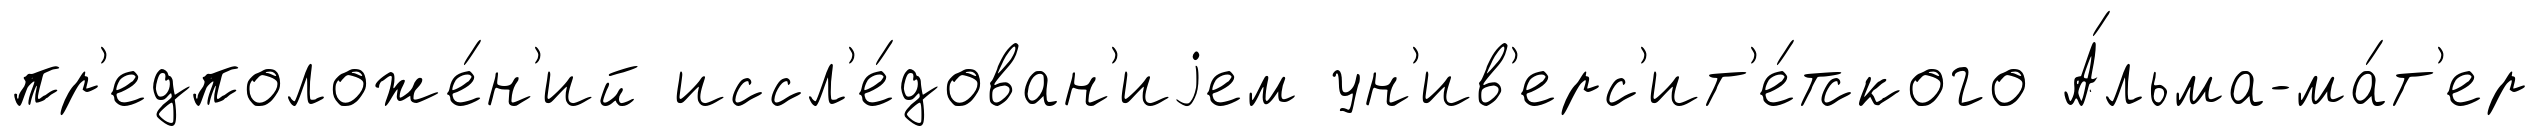
пр'едположе́н'ий иссл'е́дован'иjем ун'ив'ерс'ит'е́тского А́льма-ма́т'ер